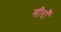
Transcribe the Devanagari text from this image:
मीराँ